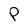
Character: P